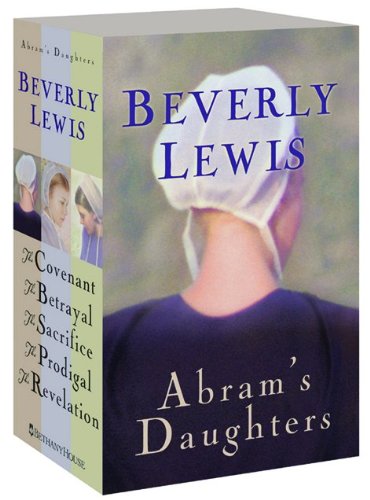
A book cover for The Covenant/The Betrayal/The Sacrifice/The Prodigal/The Revelation (Abram's Daughters 1-5); Beverly Lewis; Religion & Spirituality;